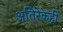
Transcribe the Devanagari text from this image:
अतिरेकही